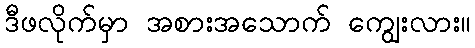
ဒီဖလိုက်မှာ အစားအသောက် ကျွေးလား။